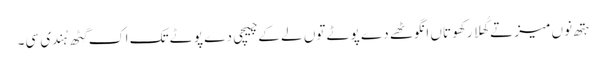
ہتھ نوں میز تے کُھلا رکھو تاں انگوٹھے دے پوٹے توں لے کے چیچی دے پوٹے تک اک گِٹھ ہُندی سی۔